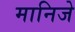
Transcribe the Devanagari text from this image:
मानिजे